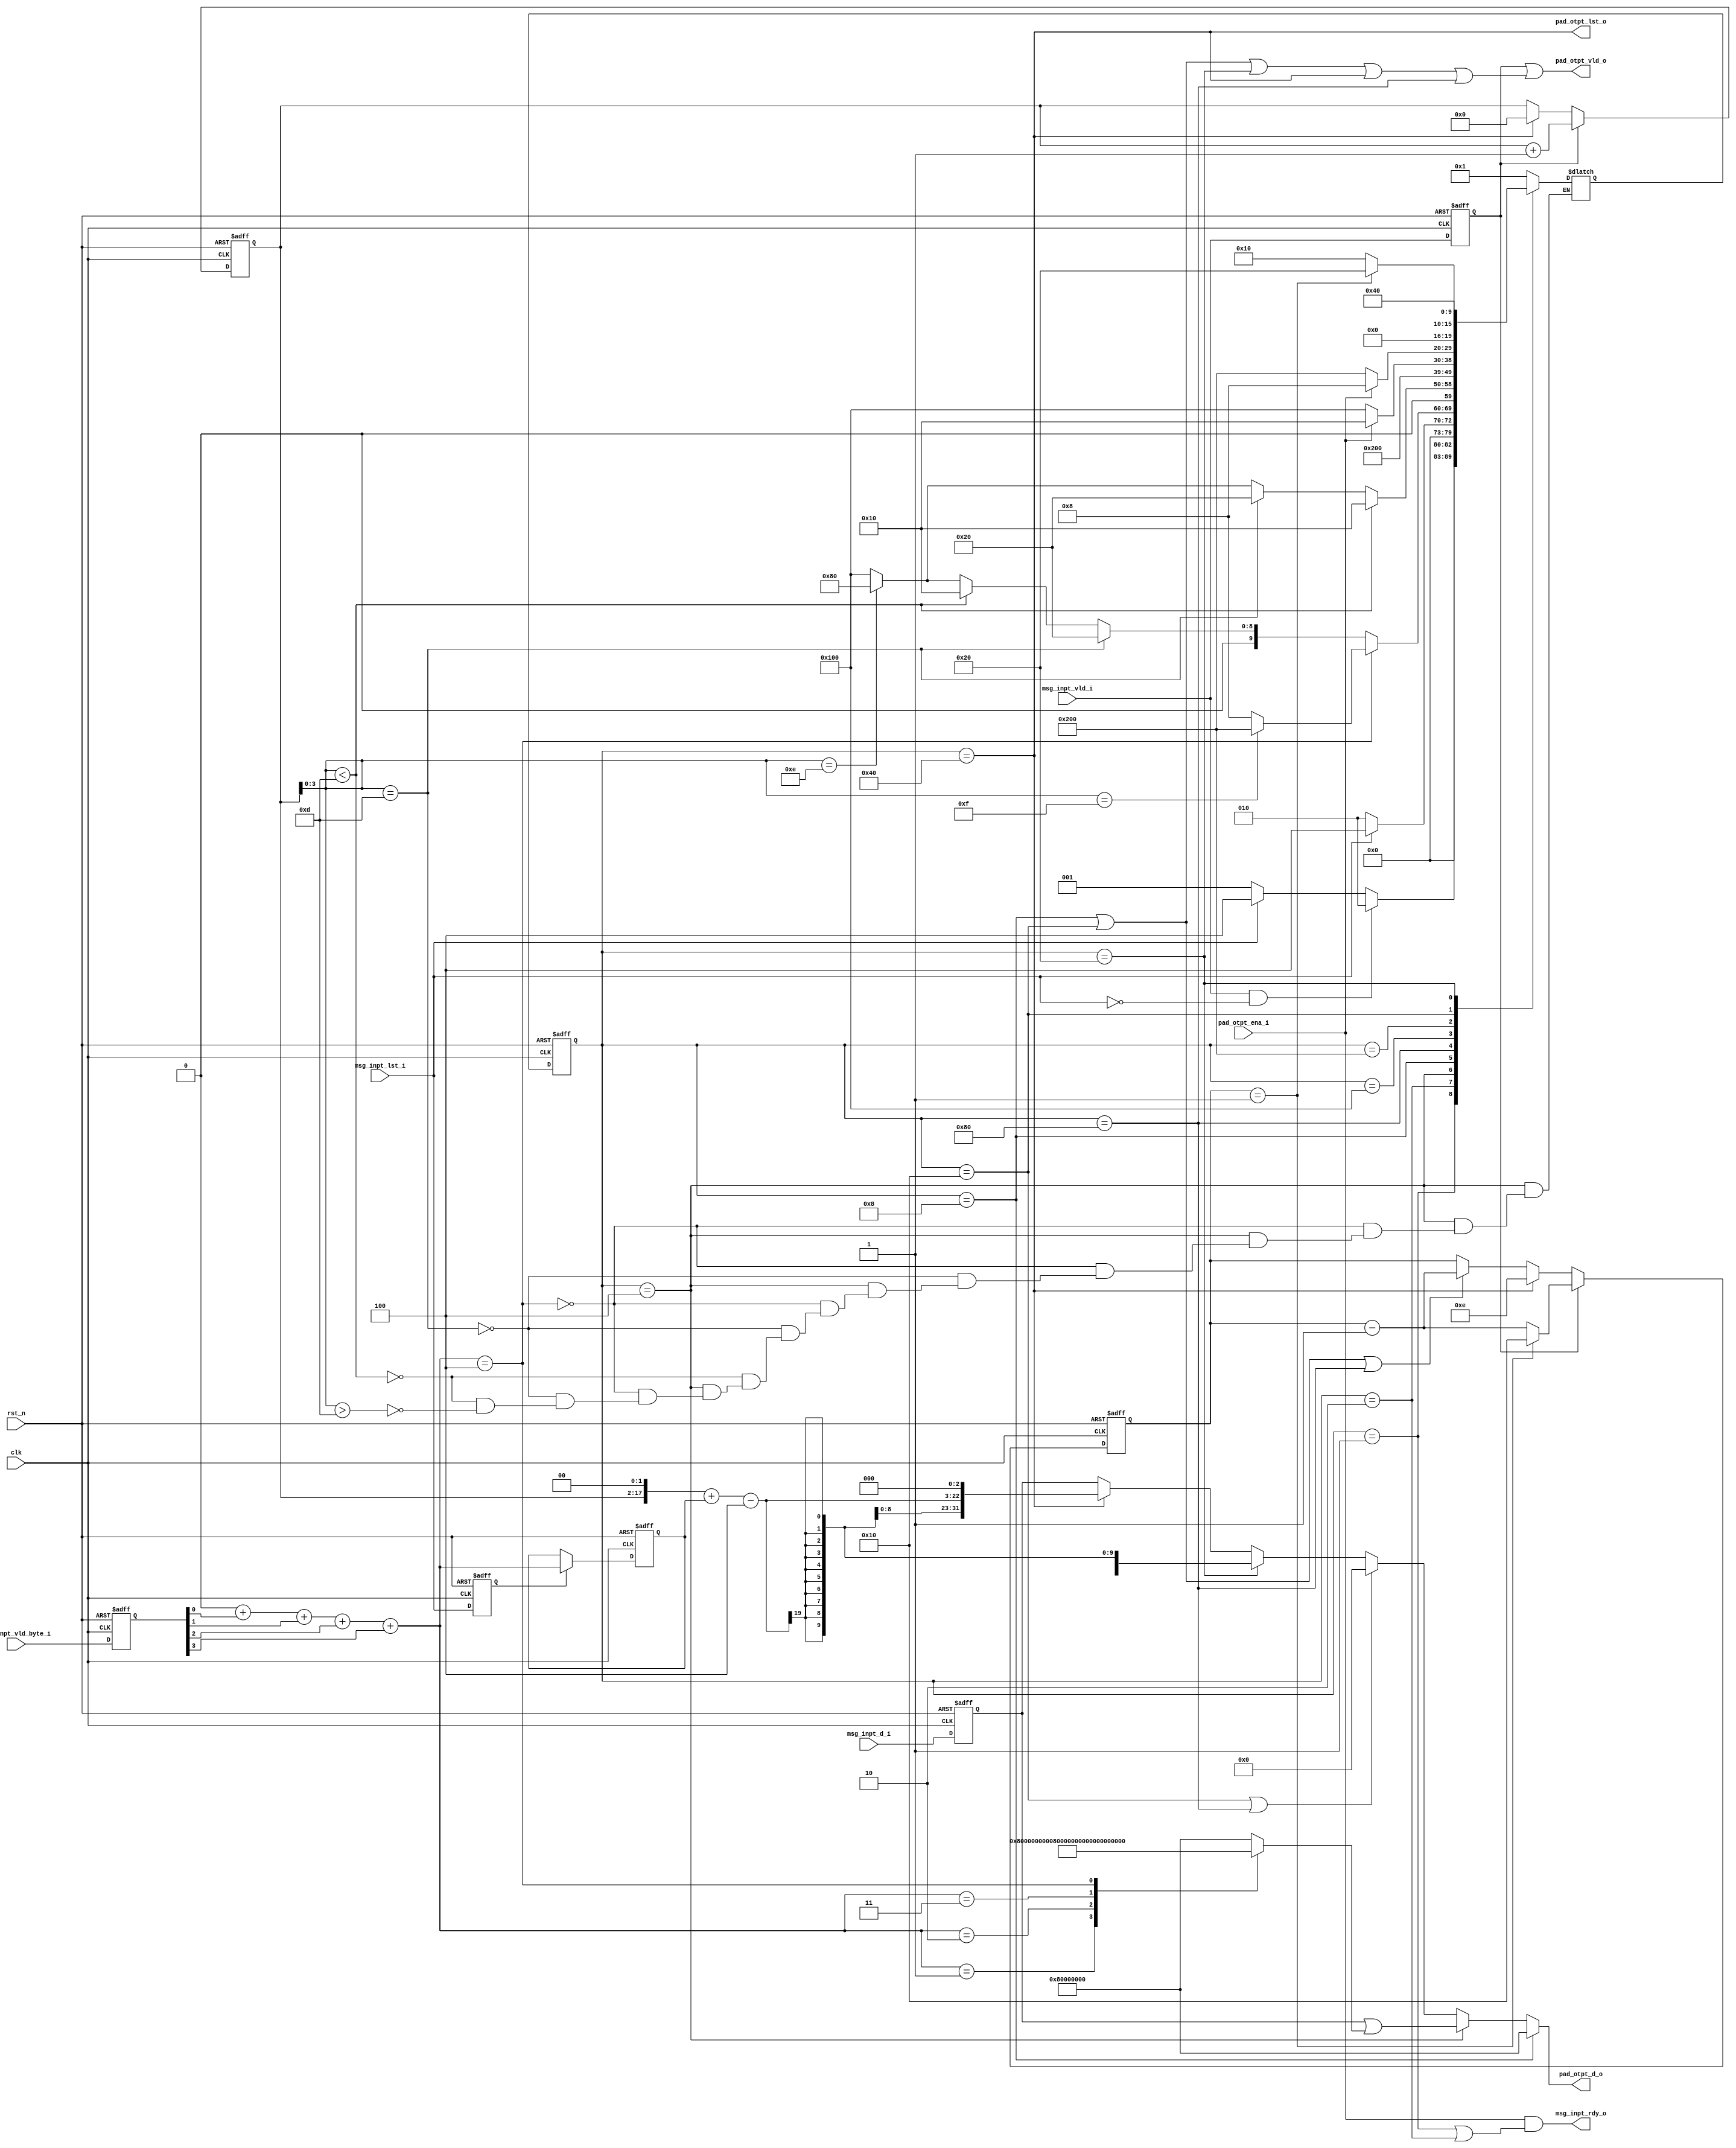
// This program was cloned from: https://github.com/xiaowuzxc/SparrowRV
// License: MIT License

`define SM3_INPT_DW_32
`define INPT_DW    32
`define INPT_DW1        (`INPT_DW - 1)
`define INPT_BYTE_DW1   (`INPT_DW/8 - 1)
`define INPT_BYTE_DW    (`INPT_BYTE_DW1 + 1)
module sm3_pad_core (
    input                       clk,
    input                       rst_n,

    input   [`INPT_DW1:0]       msg_inpt_d_i,
    input   [`INPT_BYTE_DW1:0]  msg_inpt_vld_byte_i,
    input                       msg_inpt_vld_i,
    input                       msg_inpt_lst_i,

    input                       pad_otpt_ena_i,

    output                      msg_inpt_rdy_o,

    output  [`INPT_DW1:0]       pad_otpt_d_o,                    
    output                      pad_otpt_lst_o,                  
    output                      pad_otpt_vld_o                    
);

localparam [15:0]           PAD_BLK_WD_NUM              =   16;
localparam [15:0]           PAD_BLK_BIT_LEN_WD_NUM      =   2;
localparam [15:0]           PAD_BLK_WD_NUM_INIT         =   PAD_BLK_WD_NUM - PAD_BLK_BIT_LEN_WD_NUM;
localparam [ 3:0]           PAD_BLK_WD_NUM_WTHT_LEN     =   PAD_BLK_WD_NUM - PAD_BLK_BIT_LEN_WD_NUM;

// 32bit1 64bit2
`ifdef SM3_INPT_DW_32
    localparam [1:0]            INPT_WORD_NUM               =   2'd1;
`elsif SM3_INPT_DW_64
    localparam [1:0]            INPT_WORD_NUM               =   2'd2;
`endif

//
`ifdef SM3_INPT_DW_32
    reg  [31:0]             lst_data_pad_mask;
`elsif SM3_INPT_DW_64
    reg  [63:0]             lst_data_pad_mask;
`endif

//  beat inpt signals
reg     [`INPT_DW1:0]       msg_inpt_d_r1;
reg     [`INPT_BYTE_DW1:0]  msg_inpt_vld_byte_r1;
reg                         msg_inpt_vld_r1;
reg                         msg_inpt_lst_r1;

// count inpt words(32bit)
reg [15:0]                  inpt_wd_cntr;
wire                        inpt_wd_cntr_add;
wire                        inpt_wd_cntr_clr;

// count inpt byte
wire[60:0]                  inpt_byte_cntr;

// count padded words
reg [4:0]                   pad_00_wd_cntr;
wire                        pad_00_wd_cntr_inpt_updt; // dec with data inpt
wire                        pad_00_wd_cntr_pad_updt;  // dec with pad data
wire                        pad_00_wd_cntr_rld;       // reload cntr for new msg   

// count inpt bit length
wire [63:0]                 inpt_bit_cntr;

//
wire                        pad_otpt_ena;

//  cnt vld byte of the last inpt data
reg  [3:0]                  inpt_vld_byte_cnt;
reg  [3:0]                  inpt_vld_byte_cnt_lat;
wire                        inpt_vld_byte_cmplt;                                 

integer i;

//
`define STT_W 10
`define STT_W1 `STT_W - 1

reg [`STT_W1:0]   state;
reg [`STT_W1:0]   nxt_state;

localparam IDLE                     = `STT_W'h1;
localparam INPT_DATA                = `STT_W'h2;
localparam INPT_PAD_LST_DATA        = `STT_W'h4;
localparam PAD_10_DATA              = `STT_W'h8;
localparam PAD_00_DATA              = `STT_W'h10;
localparam PAD_LEN_H                = `STT_W'h20;
localparam PAD_LEN_L                = `STT_W'h40;
localparam ADD_BLK_PAD_00           = `STT_W'h80;
localparam PAD_00_WAT_NEW_BLK       = `STT_W'h100;
localparam PAD_10_WAT_NEW_BLK       = `STT_W'h200;

//  beat inpt signals
always @(posedge clk or negedge rst_n) begin
    if(~rst_n) begin
        msg_inpt_d_r1               <=  `INPT_DW'b0;
        msg_inpt_vld_byte_r1        <=  'b0;
        msg_inpt_vld_r1             <=  1'b0;
        msg_inpt_lst_r1             <=  1'b0;
    end else begin
        msg_inpt_d_r1               <=  msg_inpt_d_i;
        msg_inpt_vld_byte_r1        <=  msg_inpt_vld_byte_i;
        msg_inpt_vld_r1             <=  msg_inpt_vld_i;
        msg_inpt_lst_r1             <=  msg_inpt_lst_i;
    end
end

//
always @(*) begin
    `ifdef SM3_INPT_DW_32
        case (inpt_vld_byte_cnt)
            4'd0: lst_data_pad_mask      =   32'h8000_0000;
            4'd1: lst_data_pad_mask      =   32'h0080_0000;
            4'd2: lst_data_pad_mask      =   32'h0000_8000;
            4'd3: lst_data_pad_mask      =   32'h0000_0080;
            4'd4: lst_data_pad_mask      =   32'h0000_0000;
            default: lst_data_pad_mask      =   32'h8000_0000;
        endcase
    `elsif SM3_INPT_DW_64
        case (inpt_vld_byte_cnt)
            4'd0: lst_data_pad_mask      =   64'h8000_0000_0000_0000;
            4'd1: lst_data_pad_mask      =   64'h0080_0000_0000_0000;
            4'd2: lst_data_pad_mask      =   64'h0000_8000_0000_0000;
            4'd3: lst_data_pad_mask      =   64'h0000_0080_0000_0000;
            4'd4: lst_data_pad_mask      =   64'h0000_0000_8000_0000;
            4'd5: lst_data_pad_mask      =   64'h0000_0000_0080_0000;
            4'd6: lst_data_pad_mask      =   64'h0000_0000_0000_8000;
            4'd7: lst_data_pad_mask      =   64'h0000_0000_0000_0080;
            4'd8: lst_data_pad_mask      =   64'h0000_0000_0000_0000;
            default: lst_data_pad_mask      =   64'h8000_0000_0000_0000;
        endcase
    `endif
end


// 
always @(*) begin
    inpt_vld_byte_cnt = 4'b0;
    for(i = 0;i <= `INPT_BYTE_DW1;i=i+1) begin
        inpt_vld_byte_cnt = inpt_vld_byte_cnt + msg_inpt_vld_byte_r1[i];
    end
end

assign                  inpt_vld_byte_cmplt =   inpt_vld_byte_cnt == 4 * INPT_WORD_NUM;

//last inpt_vld_byte_cnt
always @(posedge clk or negedge rst_n) begin
    if(~rst_n) begin
        inpt_vld_byte_cnt_lat   <=  4'd0;
    end
    else if(msg_inpt_lst_r1)begin
        inpt_vld_byte_cnt_lat   <=  inpt_vld_byte_cnt;
    end
end

//
always @(posedge clk or negedge rst_n) begin
    if(~rst_n) begin
        inpt_wd_cntr              <= 16'b0;
    end else if(inpt_wd_cntr_add)begin
        inpt_wd_cntr              <= inpt_wd_cntr + INPT_WORD_NUM;
    end else if(inpt_wd_cntr_clr)begin
        inpt_wd_cntr              <= 16'b0;
    end
end
assign                  inpt_wd_cntr_add    = msg_inpt_vld_r1;
assign                  inpt_wd_cntr_clr    = pad_otpt_lst_o;

assign                  inpt_byte_cntr      =   {inpt_wd_cntr,2'd0} + inpt_vld_byte_cnt_lat - {INPT_WORD_NUM,2'd0};
assign                  inpt_bit_cntr       =   {inpt_byte_cntr,3'd0};

//
always @(posedge clk or negedge rst_n) begin
    if(~rst_n) begin
        pad_00_wd_cntr              <= PAD_BLK_WD_NUM_INIT;//16-2=14
    end else if(pad_00_wd_cntr_inpt_updt)begin
        pad_00_wd_cntr              <= pad_00_wd_cntr == INPT_WORD_NUM 
                                    ? PAD_BLK_WD_NUM 
                                    : pad_00_wd_cntr - INPT_WORD_NUM;
    end else if(pad_00_wd_cntr_rld)begin
        pad_00_wd_cntr              <= PAD_BLK_WD_NUM_INIT;
    end else if(pad_00_wd_cntr_pad_updt)begin
        pad_00_wd_cntr              <= pad_00_wd_cntr - INPT_WORD_NUM;
    end
end
assign                  pad_00_wd_cntr_inpt_updt    = msg_inpt_vld_r1;
assign                  pad_00_wd_cntr_pad_updt     = state == PAD_10_DATA || state == PAD_00_DATA || state == ADD_BLK_PAD_00;
assign                  pad_00_wd_cntr_rld          = pad_otpt_lst_o;

//
always @(*) begin
    case (state)
        IDLE: begin
            if(msg_inpt_vld_i && ~msg_inpt_lst_i)
                nxt_state   =   INPT_DATA;
            else if(msg_inpt_lst_i)//fix 1
                nxt_state   =   INPT_PAD_LST_DATA;
            else
                nxt_state   =   IDLE;
        end
        INPT_DATA: begin //
            if(msg_inpt_lst_i)
                nxt_state   =   INPT_PAD_LST_DATA;
            else
                nxt_state   =   INPT_DATA;
        end
        INPT_PAD_LST_DATA: begin//
            if(inpt_vld_byte_cmplt) begin
                // if(inpt_wd_cntr[3:0] == 4'd0 && ~(inpt_wd_cntr == 16'd0))begin
                if(inpt_wd_cntr[3:0] == PAD_BLK_WD_NUM - INPT_WORD_NUM)begin
                    nxt_state   =   PAD_10_WAT_NEW_BLK;//'1'
                end else begin//1
                    nxt_state   =   PAD_10_DATA;
                end
            end
            else if(inpt_wd_cntr[3:0] == PAD_BLK_WD_NUM_WTHT_LEN - INPT_WORD_NUM)//14 - 1/2
                nxt_state   =   PAD_LEN_H;
            else if(inpt_wd_cntr[3:0] < PAD_BLK_WD_NUM_WTHT_LEN - INPT_WORD_NUM)
                nxt_state   =   PAD_00_DATA;
            else if(inpt_wd_cntr[3:0] > PAD_BLK_WD_NUM_WTHT_LEN - INPT_WORD_NUM)
                `ifdef SM3_INPT_DW_32
                    if(inpt_wd_cntr[3:0] == PAD_BLK_WD_NUM_WTHT_LEN)
                        nxt_state   =   ADD_BLK_PAD_00;//320
                    else
                        nxt_state   =   PAD_00_WAT_NEW_BLK;
                `elsif SM3_INPT_DW_64
                    nxt_state   =   PAD_00_WAT_NEW_BLK;
                `endif
        end
        PAD_10_DATA: begin//110
            if(inpt_wd_cntr[3:0] < PAD_BLK_WD_NUM_WTHT_LEN - INPT_WORD_NUM)//14-2(64b)
                nxt_state   =   PAD_00_DATA;//0
            else if(inpt_wd_cntr[3:0] == PAD_BLK_WD_NUM_WTHT_LEN - INPT_WORD_NUM)
                nxt_state   =   PAD_LEN_H;//
            else begin //>PAD_BLK_WD_NUM_WTHT_LEN - INPT_WORD_NUM
                `ifdef SM3_INPT_DW_32
                    if(inpt_wd_cntr[3:0] == PAD_BLK_WD_NUM_WTHT_LEN)
                        nxt_state   =   ADD_BLK_PAD_00;//320
                    else
                        nxt_state   =   PAD_00_WAT_NEW_BLK;
                `elsif SM3_INPT_DW_64
                    nxt_state   =   PAD_00_WAT_NEW_BLK;
                `endif
            end
        end
        ADD_BLK_PAD_00:begin//032
            nxt_state   =   PAD_00_WAT_NEW_BLK;
        end
        PAD_00_WAT_NEW_BLK: 
            if(~pad_otpt_ena_i) // 
                nxt_state   =   PAD_00_WAT_NEW_BLK;
            else
                nxt_state   =   PAD_00_DATA;
        PAD_10_WAT_NEW_BLK: // PAD_00_WAT_NEW_BLK  PAD_10_DATA  10 
            if(~pad_otpt_ena_i) 
                nxt_state   =   PAD_10_WAT_NEW_BLK;
            else
                nxt_state   =   PAD_10_DATA;
        PAD_00_DATA: // 0 
            if(pad_00_wd_cntr == INPT_WORD_NUM)
                nxt_state   =   PAD_LEN_H;
            else
                nxt_state   =   PAD_00_DATA;
        PAD_LEN_H: //32/
        `ifdef SM3_INPT_DW_32
            nxt_state   =   PAD_LEN_L;
        `elsif SM3_INPT_DW_64
            nxt_state   =   IDLE;
        `endif
        PAD_LEN_L: 
            nxt_state   =   IDLE;
        default: 
            nxt_state   =   IDLE;
    endcase
end

always @(posedge clk or negedge rst_n) begin
    if(~rst_n)
        state   <=  `STT_W'b1;
    else begin
        state   <=  nxt_state;
    end  
end



assign                      pad_otpt_ena    =     state == PAD_10_DATA          
                                            ||    state == PAD_00_DATA          
                                            ||    state == PAD_LEN_H          
                                            ||    state == PAD_LEN_L          
                                            ||    state == ADD_BLK_PAD_00 ;                                                             
//
`ifdef SM3_INPT_DW_32
    assign                      pad_otpt_d_o    =   state == PAD_10_DATA ? 32'h8000_0000:
                                                    state == INPT_PAD_LST_DATA? msg_inpt_d_r1 | lst_data_pad_mask:
                                                    state == PAD_00_DATA || state == ADD_BLK_PAD_00? 32'h0:
                                                    state == PAD_LEN_H ? inpt_bit_cntr[63-:32]: 
                                                    state == PAD_LEN_L ? inpt_bit_cntr[31-:32]:
                                                    msg_inpt_d_r1;
    assign                      pad_otpt_lst_o      =   state == PAD_LEN_L;
`elsif SM3_INPT_DW_64
    assign                      pad_otpt_d_o    =   state == PAD_10_DATA ? 64'h8000_0000_0000_0000:
                                                    state == INPT_PAD_LST_DATA? msg_inpt_d_r1 | lst_data_pad_mask:
                                                    state == PAD_00_DATA || state == ADD_BLK_PAD_00? 64'h0:
                                                    state == PAD_LEN_H ? inpt_bit_cntr: 
                                                    msg_inpt_d_r1;
    assign                      pad_otpt_lst_o      =   state == PAD_LEN_H;
`endif

assign                      pad_otpt_vld_o      =   msg_inpt_vld_r1 || pad_otpt_ena;
assign                      msg_inpt_rdy_o      =   pad_otpt_ena_i && (state == IDLE || state == INPT_DATA);

endmodule